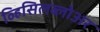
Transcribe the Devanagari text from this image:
व्हिसिलब्लोअर